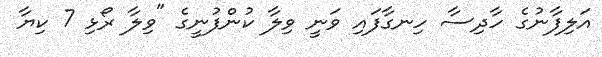
އަލިފާނުގެ ހާދިސާ ހިނގާފައި ވަނީ ވިލާ ކުންފުނީގެ "ވިލާ ރޯޅި 7 ކިޔާ